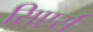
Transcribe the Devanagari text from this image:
सिएर्स